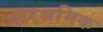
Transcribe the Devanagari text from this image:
पारश्रमिक